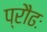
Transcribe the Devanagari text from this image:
प्रौढः